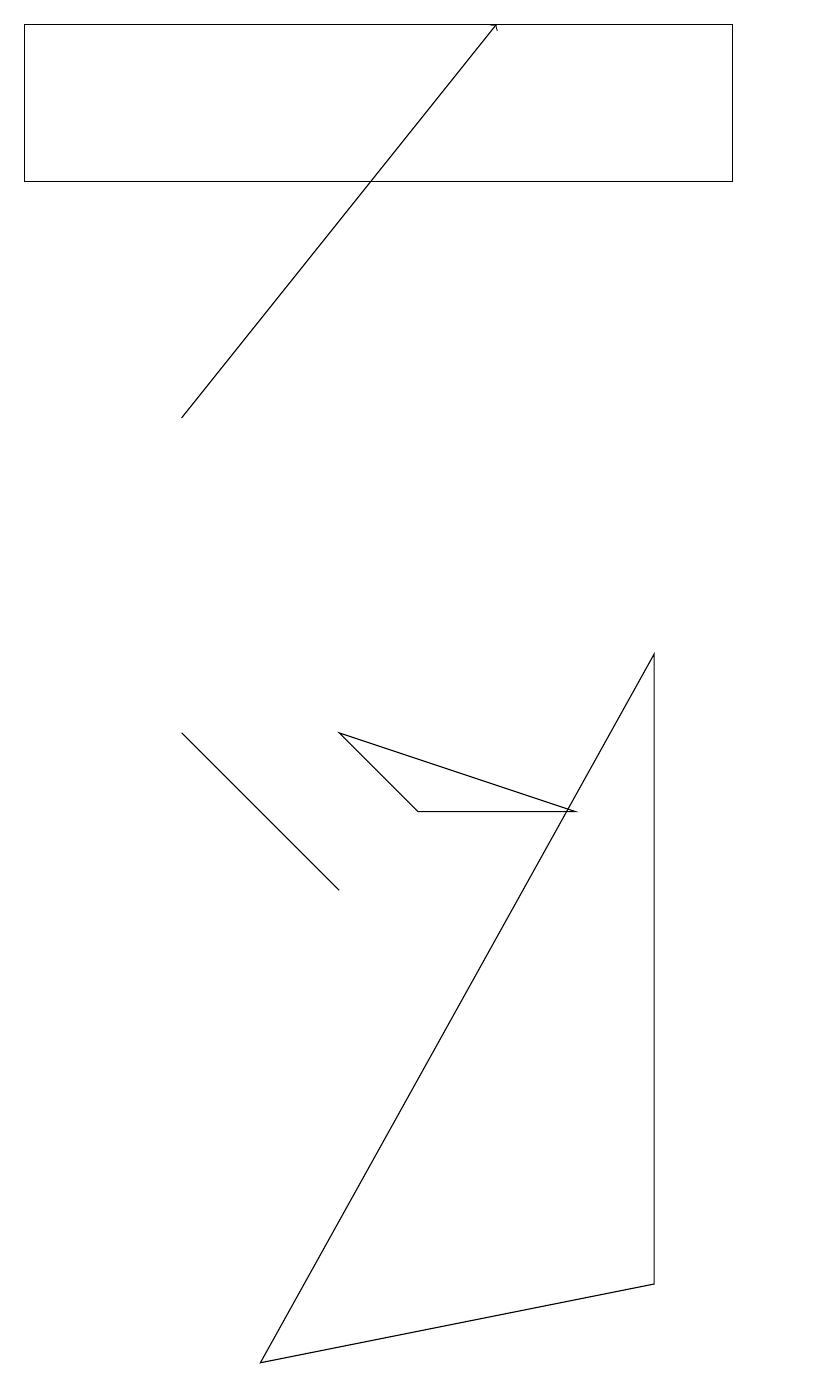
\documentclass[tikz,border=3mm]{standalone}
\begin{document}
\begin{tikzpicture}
\draw (9,15) rectangle (0,17);
\draw (3,0) -- (8,1) -- (8,9) -- cycle;
\draw (10,10) circle (0);
\draw[->] (2,12) -- (6,17);
\draw (4,8) -- (5,7) -- (7,7) -- cycle;
\draw (3,7) -- (4,6) -- (2,8) -- cycle;
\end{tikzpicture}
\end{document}